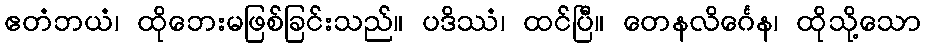
ဧတံဘယံ၊ ထိုဘေးမဖြစ်ခြင်းသည်။ ပဒိဿံ၊ ထင်ပြီ။ တေနလိင်္ဂေန၊ ထိုသို့သော